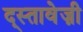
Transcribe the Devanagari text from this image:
द्स्तावेज़ी